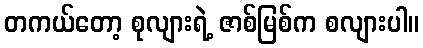
တကယ်တော့ စုလျားရဲ့ ဇာစ်မြစ်က စလျားပါ။